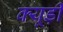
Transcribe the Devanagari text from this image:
क्यूड़ी